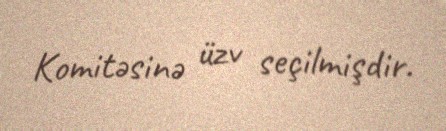
Komitəsinə üzv seçilmişdir.